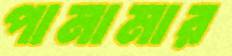
পানামার